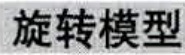
旋转模型